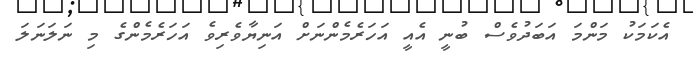
އެކަމަކު މަންމަ އަބަދުވެސް ބުނީ އެއީ އަހަރެމެންނަށް އަނިޔާވެރިވެ އަހަރެމެންގެ މި ނަލަނަލަ